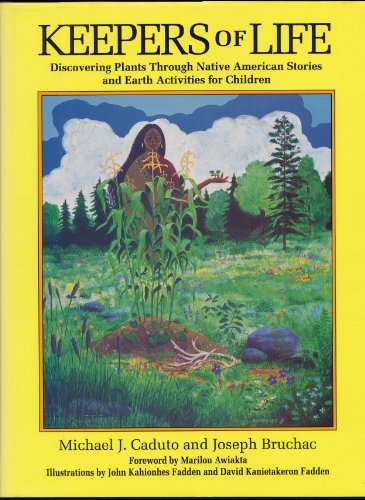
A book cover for Keepers of Life: Discovering Plants through Native American Stories and Earth Activities for Children; Joseph Bruchac; Children's Books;